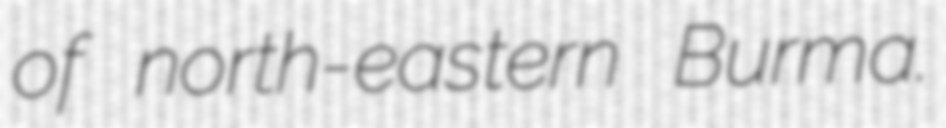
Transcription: of north-eastern Burma.